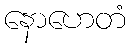
နောဟေတံ